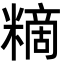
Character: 䊞